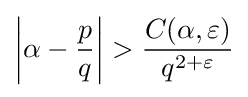
\left|\alpha -{\frac {p}{q}}\right|>{\frac {C(\alpha ,\varepsilon )}{q^{2+\varepsilon }}}